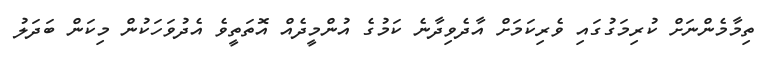
ތިމާމެންނަށް ކުރިމަގުގައި ވެރިކަމަށް އާދެވިދާނެ ކަމުގެ އުންމީދެއް އޮތަތީވެ އެދުވަހަކުން މިކަން ބަދަލު